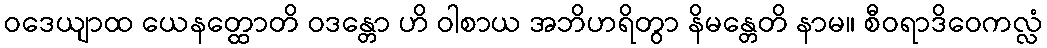
ဝဒေယျာထ ယေနတ္ထောတိ ဝဒန္တော ဟိ ဝါစာယ အဘိဟရိတွာ နိမန္တေတိ နာမ။ စီဝရာဒိဝေကလ္လံ